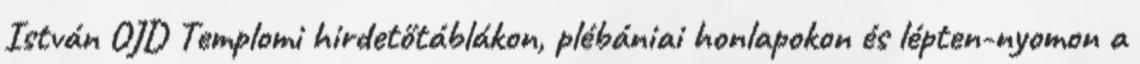
István OJD Templomi hirdetőtáblákon, plébániai honlapokon és lépten-nyomon a